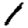
Digit: 1